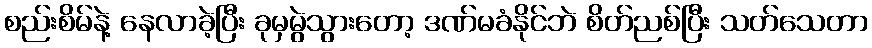
စည်းစိမ်နဲ့ နေလာခဲ့ပြီး ခုမှမွဲသွားတော့ ဒဏ်မခံနိုင်ဘဲ စိတ်ညစ်ပြီး သတ်သေတာ